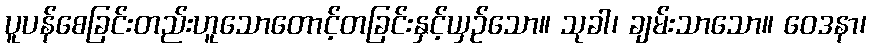
ပူပန်စေခြင်းတည်းဟူသောတောင့်တခြင်းနှင့်ယှဉ်သော။ သုခါ၊ ချမ်းသာသော။ ဝေဒနာ၊